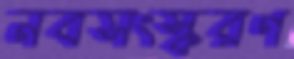
নবসংস্করণ